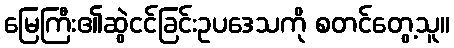
မြေကြီး၏ဆွဲငင်ခြင်းဥပဒေသကို စတင်တွေ့သူ။